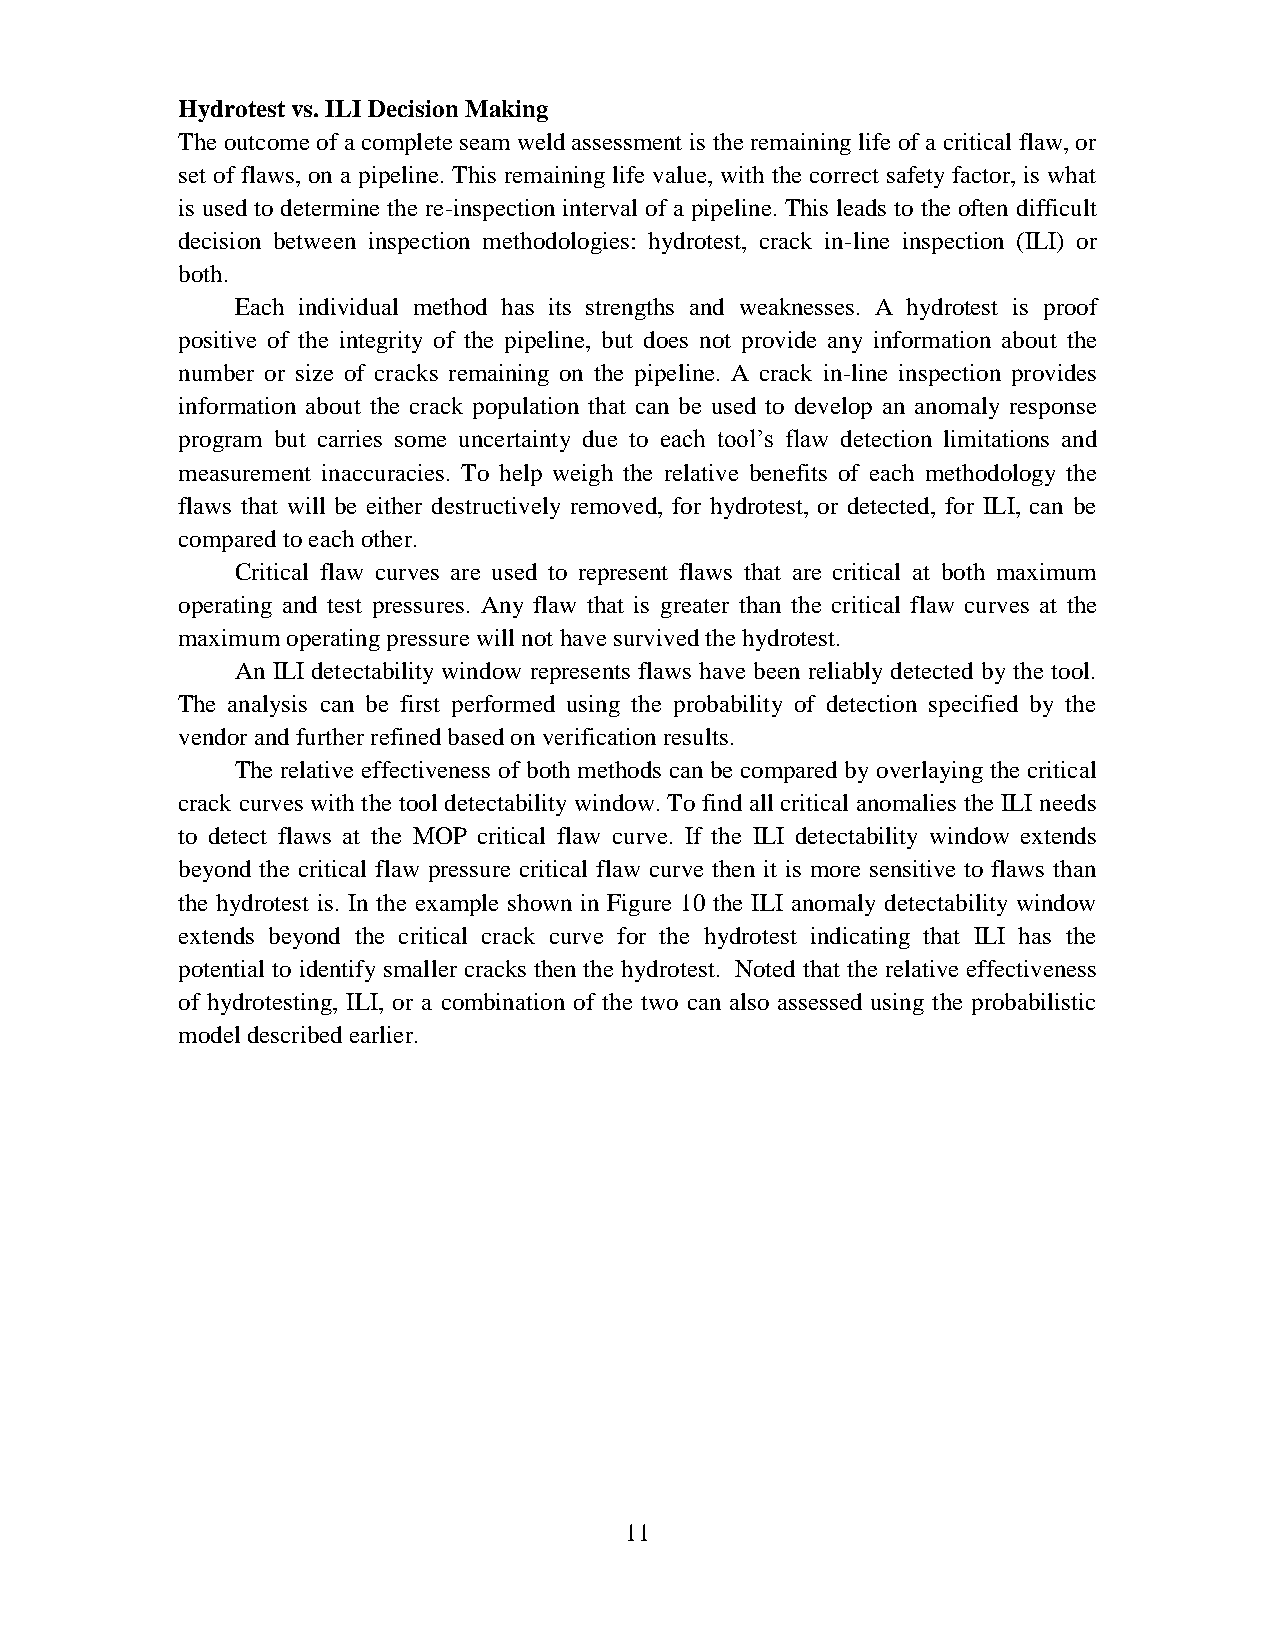
Hydrotest vs. ILI Decision Making
 The outcome of a complete seam weld assessment is the remaining life of a critical flaw, or
 set of flaws, on a pipeline. This remaining life value, with the correct safety factor, is what
 is used to determine the re-inspection interval of a pipeline. This leads to the often difficult
 decision between inspection methodologies: hydrotest, crack in-line inspection (ILI) or
 both.
 Each individual method has its strengths and weaknesses. A hydrotest is proof
 positive of the integrity of the pipeline, but does not provide any information about the
 number or size of cracks remaining on the pipeline. A crack in-line inspection provides
 information about the crack population that can be used to develop an anomaly response
 program but carries some uncertainty due to each tool’s flaw detection limitations and
 measurement inaccuracies. To help weigh the relative benefits of each methodology the
 flaws that will be either destructively removed, for hydrotest, or detected, for ILI, can be
 compared to each other.
 Critical flaw curves are used to represent flaws that are critical at both maximum
 operating and test pressures. Any flaw that is greater than the critical flaw curves at the
 maximum operating pressure will not have survived the hydrotest.
 An ILI detectability window represents flaws have been reliably detected by the tool.
 The analysis can be first performed using the probability of detection specified by the
 vendor and further refined based on verification results.
 The relative effectiveness of both methods can be compared by overlaying the critical
 crack curves with the tool detectability window. To find all critical anomalies the ILI needs
 to detect flaws at the MOP critical flaw curve. If the ILI detectability window extends
 beyond the critical flaw pressure critical flaw curve then it is more sensitive to flaws than
 the hydrotest is. In the example shown in Figure 10 the ILI anomaly detectability window
 extends beyond the critical crack curve for the hydrotest indicating that ILI has the
 potential to identify smaller cracks then the hydrotest. Noted that the relative effectiveness
 of hydrotesting, ILI, or a combination of the two can also assessed using the probabilistic
 model described earlier.
 11